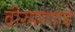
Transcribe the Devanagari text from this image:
वीरमरणाचे